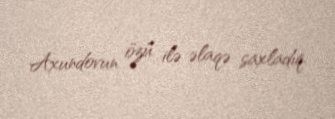
Axundovun özü ilə əlaqə saxladıq.